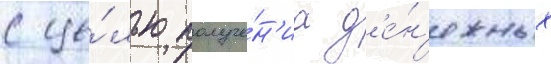
с це́лью получе́н'иа д'е́н'ежных